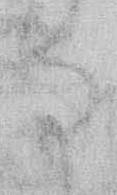
な